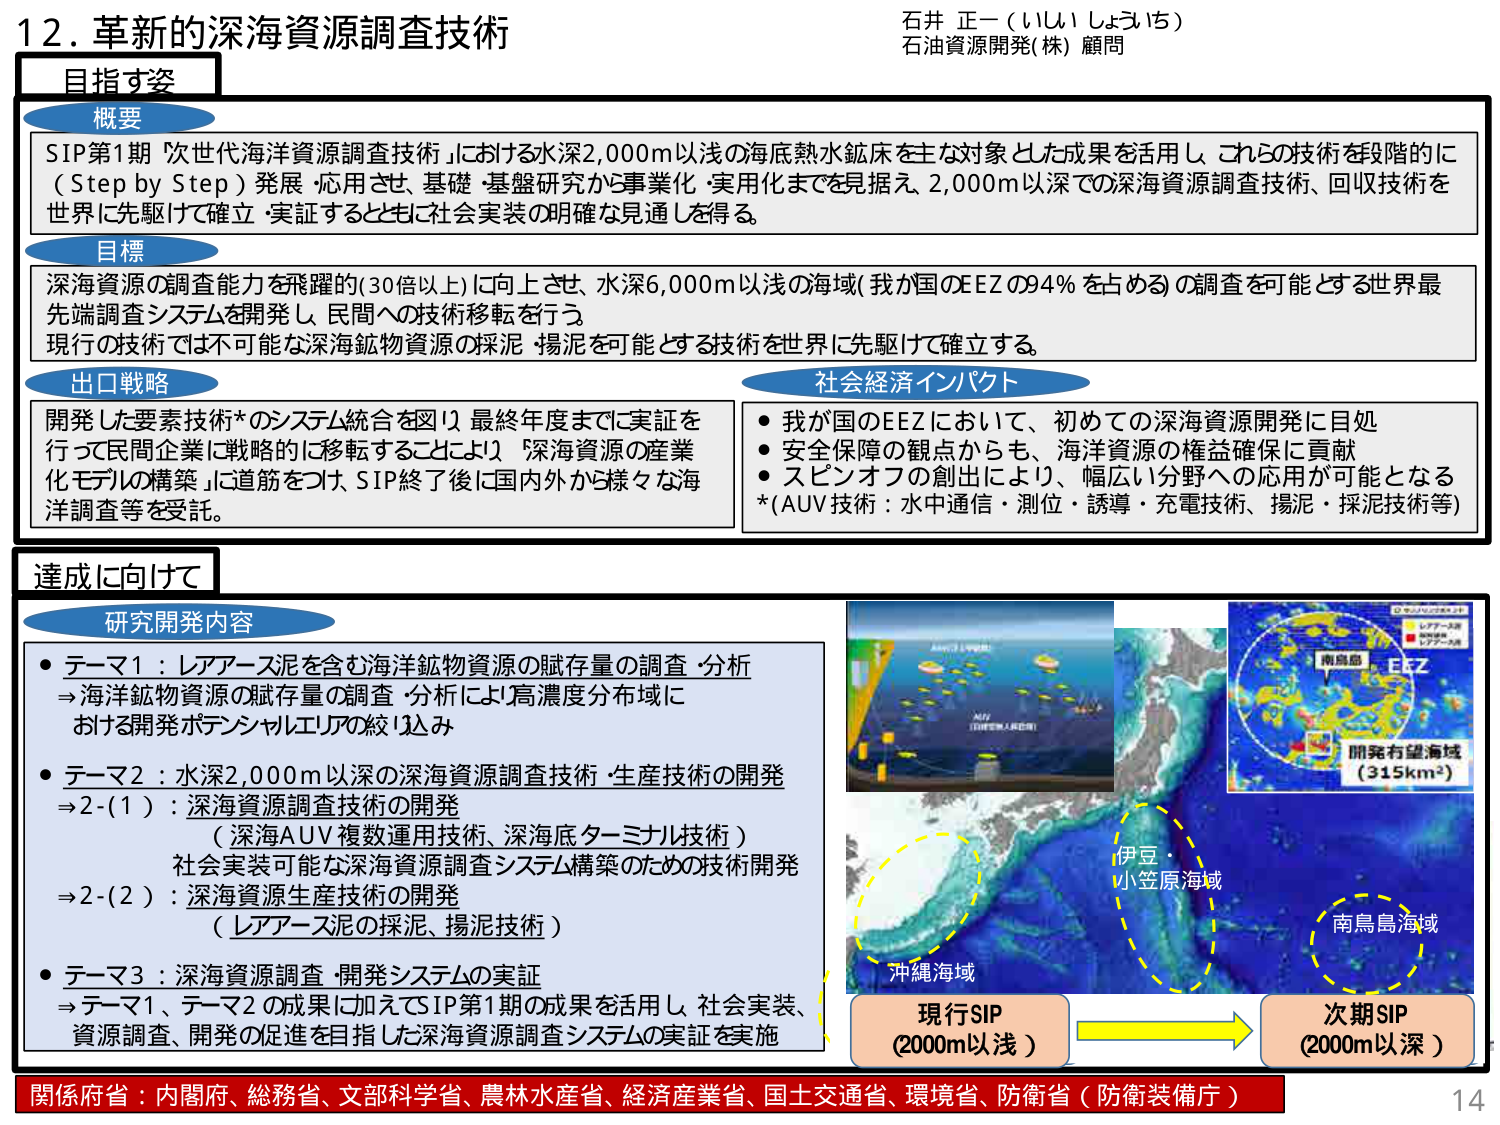
12. 革新的深海資源調査技術
石井 正一（いしい しょういち）
石油資源開発(株) 顧問

目指す姿

概要
SIP第1期「次世代海洋資源調査技術」における水深2,000m以浅の海底熱水鉱床を主な対象とした成果を活用し、これらの技術を段階的に（Step by Step）発展・応用させ、基礎・基盤研究から事業化・実用化までを見据え、2,000m以深での深海資源調査技術、回収技術を世界に先駆けて確立・実証するとともに社会実装の明確な見通しを得る。

目標
深海資源の調査能力を飛躍的（30倍以上）に向上させ、水深6,000m以浅の海域（我が国のEEZの94％を占める）の調査を可能とする世界最先端調査システムを開発し、民間への技術移転を行う。
現行の技術では不可能な深海鉱物資源の採泥・揚泥を可能とする技術を世界に先駆けて確立する。

出口戦略
開発した要素技術*のシステム統合を図り、最終年度までに実証を行って民間企業に戦略的に移転することにより、「深海資源の産業化モデルの構築」に道筋をつけ、SIP終了後に国内外から様々な海洋調査等を受託。

社会経済インパクト
・我が国のEEZにおいて、初めての深海資源開発に目処
・安全保障の観点からも、海洋資源の権益確保に貢献
・スピンオフの創出により、幅広い分野への応用が可能となる
*(AUV技術：水中通信・測位・誘導・充電技術、採泥・採泥技術等)

達成に向けて

研究開発内容
・テーマ1：レアアース泥を含む海洋鉱物資源の賦存量の調査・分析
→海洋鉱物資源の賦存量の調査・分析により高濃度分布域における開発ポテンシャルエリアの絞り込み
・テーマ2：水深2,000m以深の深海資源調査技術・生産技術の開発
⇒2-(1)：深海資源調査技術の開発
（深海AUV複数運用技術、深海底ターミナル技術）
社会実装可能な深海資源調査システム構築のための技術開発
⇒2-(2)：深海資源生産技術の開発
（レアアース泥の採泥・揚泥技術）
・テーマ3：深海資源調査・開発システムの実証
⇒テーマ1、テーマ2の成果に加えてSIP第1期の成果を活用し、社会実装、資源調査、開発の促進を目指した深海資源調査システムの実証を実施

（図：右側の地図）
南鳥島
EEZ
開発有望海域
（315km²）
伊豆・小笠原海域
南鳥島海域
沖縄海域
現行SIP
（2000m以浅）
→
次期SIP
（2000m以深）

関係府省：内閣府、総務省、文部科学省、農林水産省、経済産業省、国土交通省、環境省、防衛省（防衛装備庁）
14